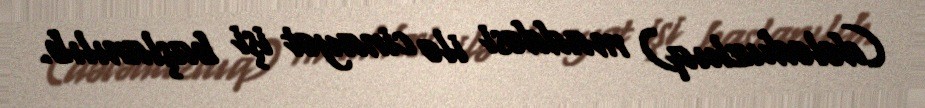
(dələduzluq) maddəsi ilə cinayət işi başlanılıb.